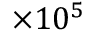
\times 1 0 ^ { 5 }